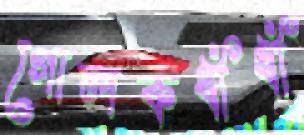
গোলকধাঁধাঁ